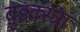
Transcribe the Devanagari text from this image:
बुइक्स्ट्रा